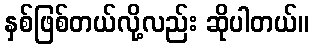
နှစ်ဖြစ်တယ်လို့လည်း ဆိုပါတယ်။